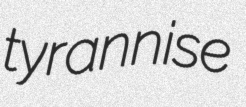
tyrannise